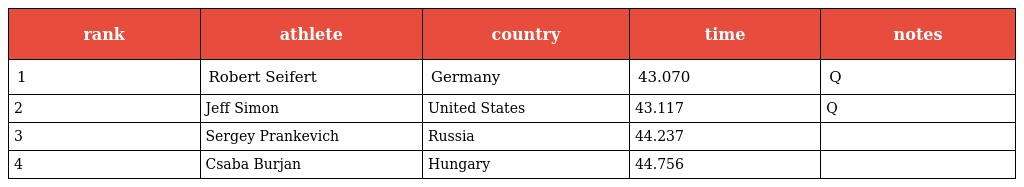
| rank | athlete | country | time | notes |
 | --- | --- | --- | --- | --- |
 | 1 | Robert Seifert | Germany | 43.070 | Q |
 | 2 | Jeff Simon | United States | 43.117 | Q |
 | 3 | Sergey Prankevich | Russia | 44.237 |  |
 | 4 | Csaba Burjan | Hungary | 44.756 |  |